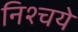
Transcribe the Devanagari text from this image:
निश्चये